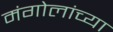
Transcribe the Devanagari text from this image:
मंगोलांच्या